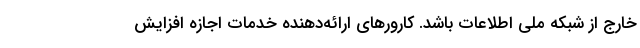
خارج از شبکه ملی اطلاعات باشد. کارورهای ارائه‌دهنده خدمات اجازه افزایش